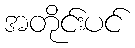
အတိုင်းပင်